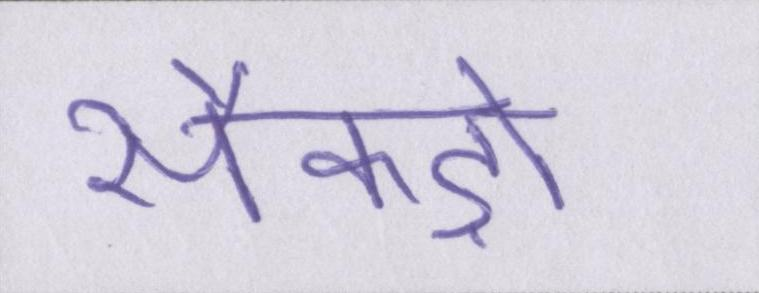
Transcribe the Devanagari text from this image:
सैकड़ों